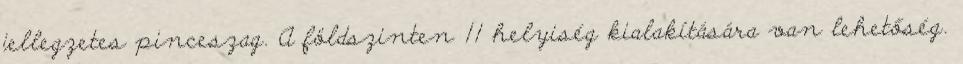
jellegzetes pinceszag. A földszinten 11 helyiség kialakítására van lehetőség.